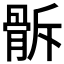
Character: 𩨯